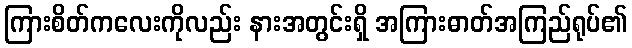
ကြားစိတ်ကလေးကိုလည်း နားအတွင်းရှိ အကြားဓာတ်အကြည်ရုပ်၏